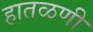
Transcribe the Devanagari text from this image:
हातळणी